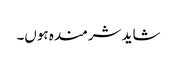
شاید شرمندہ ہوں۔